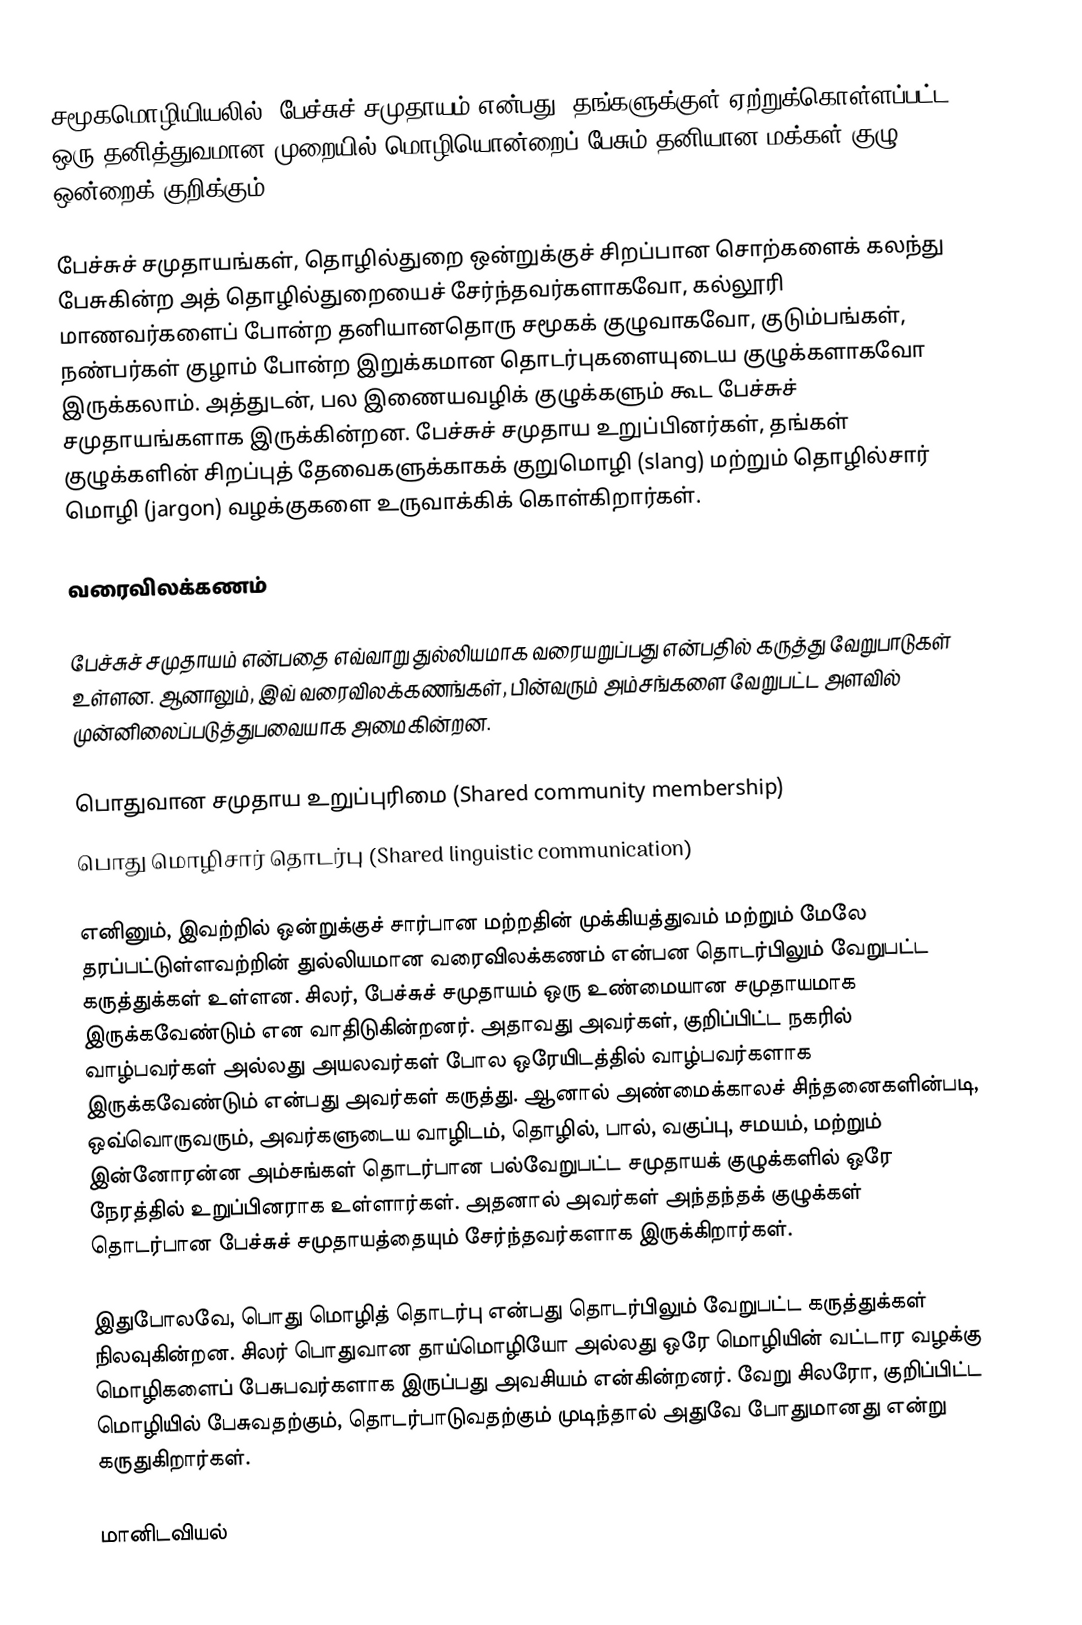
சமூகமொழியியலில், பேச்சுச் சமுதாயம் என்பது, தங்களுக்குள் ஏற்றுக்கொள்ளப்பட்ட ஒரு தனித்துவமான முறையில் மொழியொன்றைப் பேசும் தனியான மக்கள் குழு ஒன்றைக் குறிக்கும்.

பேச்சுச் சமுதாயங்கள், தொழில்துறை ஒன்றுக்குச் சிறப்பான சொற்களைக் கலந்து பேசுகின்ற அத் தொழில்துறையைச் சேர்ந்தவர்களாகவோ, கல்லூரி மாணவர்களைப் போன்ற தனியானதொரு சமூகக் குழுவாகவோ, குடும்பங்கள், நண்பர்கள் குழாம் போன்ற இறுக்கமான தொடர்புகளையுடைய குழுக்களாகவோ இருக்கலாம். அத்துடன், பல இணையவழிக் குழுக்களும் கூட பேச்சுச் சமுதாயங்களாக இருக்கின்றன. பேச்சுச் சமுதாய உறுப்பினர்கள், தங்கள் குழுக்களின் சிறப்புத் தேவைகளுக்காகக் குறுமொழி (slang) மற்றும் தொழில்சார் மொழி (jargon) வழக்குகளை உருவாக்கிக் கொள்கிறார்கள்.

வரைவிலக்கணம்

பேச்சுச் சமுதாயம் என்பதை எவ்வாறு துல்லியமாக வரையறுப்பது என்பதில் கருத்து வேறுபாடுகள் உள்ளன. ஆனாலும், இவ் வரைவிலக்கணங்கள், பின்வரும் அம்சங்களை வேறுபட்ட அளவில் முன்னிலைப்படுத்துபவையாக அமைகின்றன.

 பொதுவான சமுதாய உறுப்புரிமை (Shared community membership)
 பொது மொழிசார் தொடர்பு (Shared linguistic communication)

எனினும், இவற்றில் ஒன்றுக்குச் சார்பான மற்றதின் முக்கியத்துவம் மற்றும் மேலே தரப்பட்டுள்ளவற்றின் துல்லியமான வரைவிலக்கணம் என்பன தொடர்பிலும் வேறுபட்ட கருத்துக்கள் உள்ளன. சிலர், பேச்சுச் சமுதாயம் ஒரு உண்மையான சமுதாயமாக இருக்கவேண்டும் என வாதிடுகின்றனர். அதாவது அவர்கள், குறிப்பிட்ட நகரில் வாழ்பவர்கள் அல்லது அயலவர்கள் போல ஒரேயிடத்தில் வாழ்பவர்களாக இருக்கவேண்டும் என்பது அவர்கள் கருத்து. ஆனால் அண்மைக்காலச் சிந்தனைகளின்படி, ஒவ்வொருவரும், அவர்களுடைய வாழிடம், தொழில், பால், வகுப்பு, சமயம், மற்றும் இன்னோரன்ன அம்சங்கள் தொடர்பான பல்வேறுபட்ட சமுதாயக் குழுக்களில் ஒரே நேரத்தில் உறுப்பினராக உள்ளார்கள். அதனால் அவர்கள் அந்தந்தக் குழுக்கள் தொடர்பான பேச்சுச் சமுதாயத்தையும் சேர்ந்தவர்களாக இருக்கிறார்கள்.

இதுபோலவே, பொது மொழித் தொடர்பு என்பது தொடர்பிலும் வேறுபட்ட கருத்துக்கள் நிலவுகின்றன. சிலர் பொதுவான தாய்மொழியோ அல்லது ஒரே மொழியின் வட்டார வழக்கு மொழிகளைப் பேசுபவர்களாக இருப்பது அவசியம் என்கின்றனர். வேறு சிலரோ, குறிப்பிட்ட மொழியில் பேசுவதற்கும், தொடர்பாடுவதற்கும் முடிந்தால் அதுவே போதுமானது என்று கருதுகிறார்கள்.

மானிடவியல்